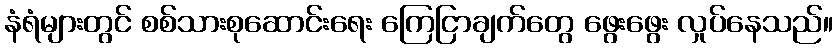
နံရံများတွင် စစ်သားစုဆောင်းရေး ကြေငြာချက်တွေ ဖွေးဖွေး လှုပ်နေသည်။